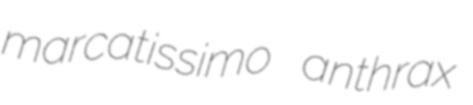
marcatissimo anthrax